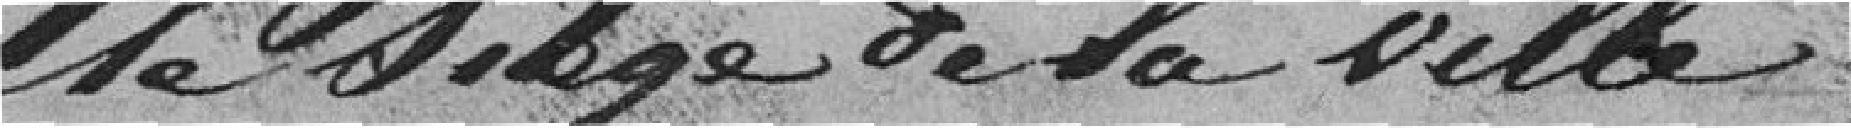
Siège de la ville ..